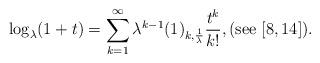
LaTeX: \begin{align*}\log_{\lambda}(1+t)=\sum_{k=1}^{\infty}\lambda^{k-1}(1)_{k,\frac{1}{\lambda}}\frac{t^{k}}{k!},(\mathrm{see}\ [8,14]). \end{align*}